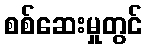
စစ်ဆေးမှုတွင်